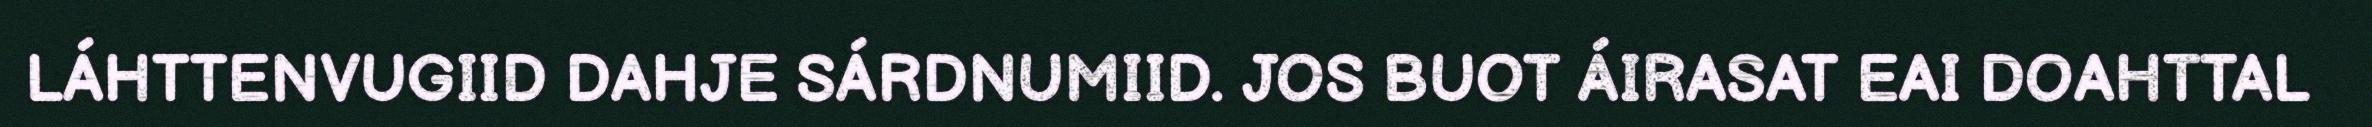
LÁHTTENVUGIID DAHJE SÁRDNUMIID. JOS BUOT ÁIRASAT EAI DOAHTTAL